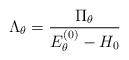
LaTeX: \begin{align*}\Lambda_{\theta}=\frac{\Pi_{\theta}}{E_{\theta}^{(0)}-H_{0}}\end{align*}